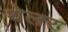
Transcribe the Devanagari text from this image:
थेलर